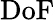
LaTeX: \mathrm{DoF}